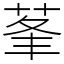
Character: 莑